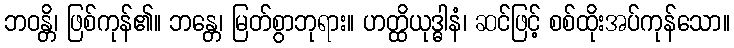
ဘဝန္တိ၊ ဖြစ်ကုန်၏။ ဘန္တေ၊ မြတ်စွာဘုရား။ ဟတ္ထိယုဒ္ဓါနံ၊ ဆင်ဖြင့် စစ်ထိုးအပ်ကုန်သော။